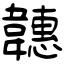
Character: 韢